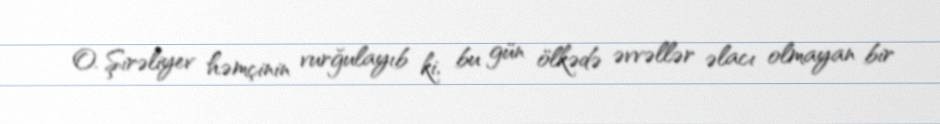
O. Şirəliyev həmçinin vurğulayıb ki, bu gün ölkədə əvvəllər əlacı olmayan bir